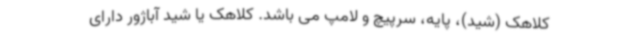
کلاهک (شید)، پایه، سرپیچ و لامپ می باشد. کلاهک یا شید آباژور دارای